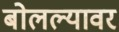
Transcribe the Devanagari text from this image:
बोलल्यावर